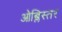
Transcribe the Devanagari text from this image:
ओब्लिस्तर